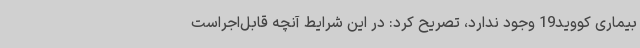
بیماری کووید19 وجود ندارد، تصریح کرد: در این شرایط آنچه قابل‌اجراست